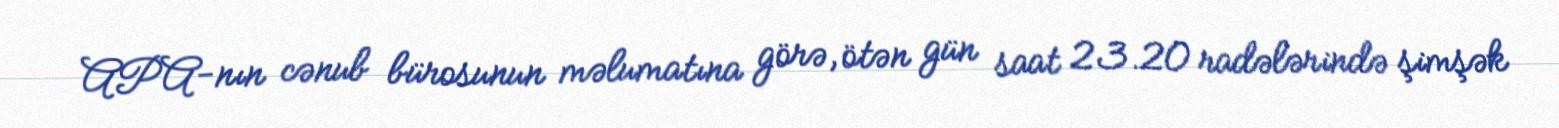
APA-nın cənub bürosunun məlumatına görə, ötən gün saat 23.20 radələrində şimşək